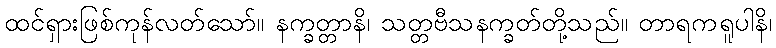
ထင်ရှားဖြစ်ကုန်လတ်သော်။ နက္ခတ္တာနိ၊ သတ္တဗီသနက္ခတ်တို့သည်။ တာရကရူပါနိ၊